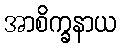
အာစိက္ခနာယ